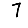
Digit: 7